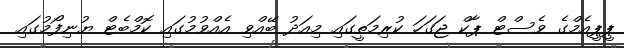
ޕީޕީއެމްގެ ވެސްޓް ޕާކް ޖަގަހަ ކުރިމަތީގައި މިއަދު ބޭއްވި އެއްވުމުގައި ކޮމްބެޓް ޔުނިފޯމުގައި